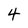
Character: 4